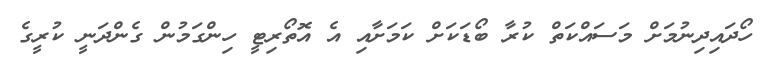
ހޯދައިދިނުމަށް މަސައްކަތް ކުރާ ބޯޑަކަށް ކަމަށާއި އެ އޮތޯރިޓީ ހިންގަމުން ގެންދަނީ ކުރީގެ